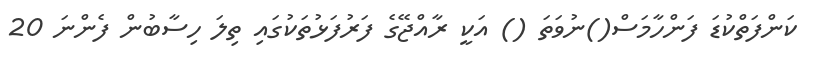
ކަންފަތްކުޑަ ފަންހާމަސް()ނުވަތަ () އަކީ ރާއްޖޭގެ ފަރުފަޅުތަކުގައި ތިލަ ހިސާބުން ފެންނަ 20